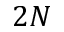
2 N